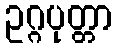
ဥဂ္ဂပုတ္တာ